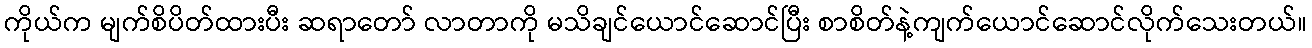
ကိုယ်က မျက်စိပိတ်ထားပီး ဆရာတော် လာတာကို မသိချင်ယောင်ဆောင်ပြီး စာစိတ်နဲ့ကျက်ယောင်ဆောင်လိုက်သေးတယ်။